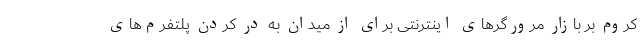
کروم بر بازار مرورگرهای اینترنتی برای از میدان به در کردن پلتفرم‌های